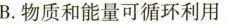
B.物质和能量可循环利用